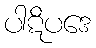
ပါဋိပဒေ